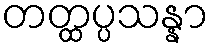
တတ္ထပ္ပသန္နာ